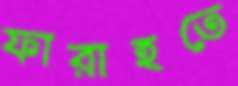
ফারাহতে